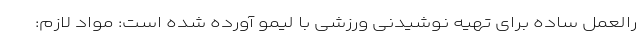
رالعمل ساده برای تهیه نوشیدنی ورزشی با لیمو آورده شده است: مواد لازم: